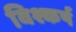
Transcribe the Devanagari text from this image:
विश्कर्ष